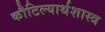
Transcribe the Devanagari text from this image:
कौटिल्यार्थशास्त्र